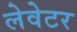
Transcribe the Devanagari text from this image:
लेवेटर